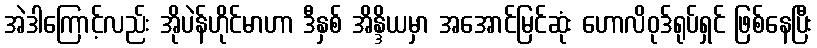
အဲဒါကြောင့်လည်း အိုပဲန်ဟိုင်မာဟာ ဒီနှစ် အိန္ဒိယမှာ အအောင်မြင်ဆုံး ဟောလိဝုဒ်ရုပ်ရှင် ဖြစ်နေပြီး